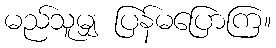
မည်သူမျှ ပြန်မပြောကြ။